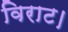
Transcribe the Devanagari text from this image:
विराट।